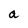
Character: a